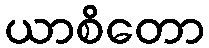
ယာစိတော